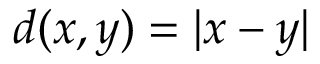
d ( x , y ) = \vert x - y \vert